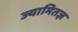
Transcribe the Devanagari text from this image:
ज्यामितज्ञ